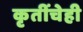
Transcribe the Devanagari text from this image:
कृतींचेही